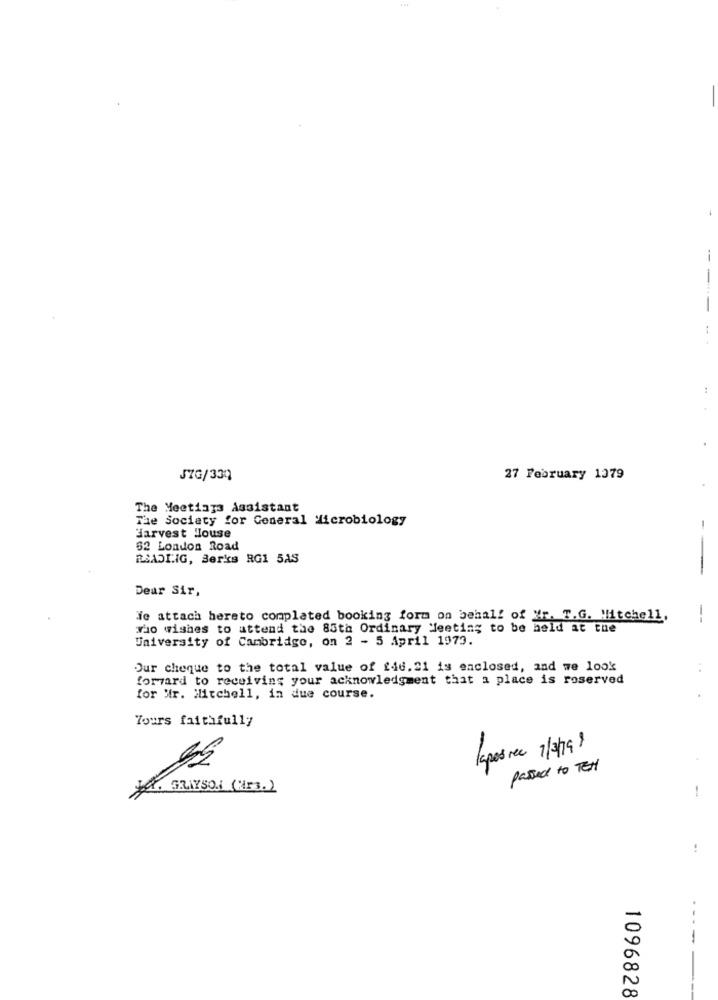
---
.
JZG/330
27 February 1379
The Meetings Assistant
The Society for General Microbiology
Harvest House
62 London Road
RIADLIG, Berks RG1 5AS
--
Dear Sir,
We attach hereto complated booking form on behalf of Mr. T.G. Mitchell,
--
rio wishes to attend the 85th Ordinary Meeting to be held at the
University of Cambridge, on 2 - 5 April 1973.
Our cheque to the total value of 246. 21 is enclosed, and we look
forward to receiving your acknowledgment that a place is roserved
for Nir. Mitchell, in due course.
Yours faithfully
lapos rec 7/2/199
passed to TES
ya. GRAYSON (Es.)
-
..
-
1096828